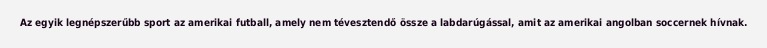
Az egyik legnépszerűbb sport az amerikai futball, amely nem tévesztendő össze a labdarúgással, amit az amerikai angolban soccernek hívnak.